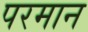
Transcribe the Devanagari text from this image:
परमान